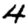
Digit: 4